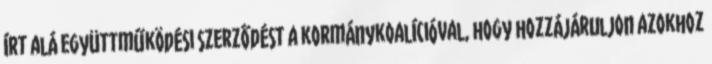
írt alá együttműködési szerződést a kormánykoalícióval, hogy hozzájáruljon azokhoz